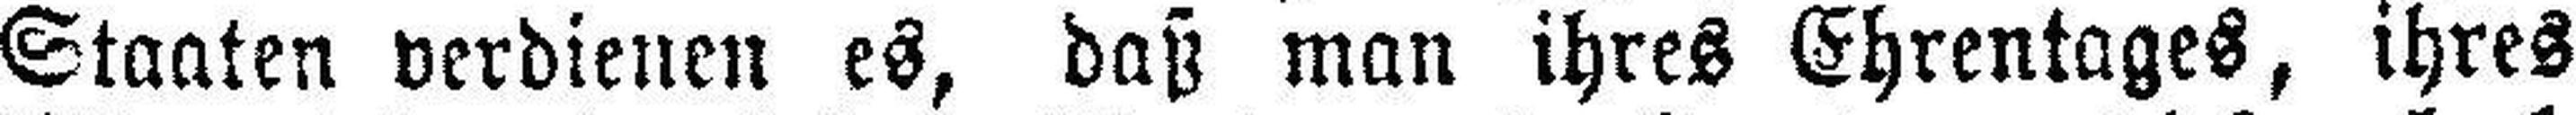
Staaten verdienen es, daß man ihres Ehrentages, ihres